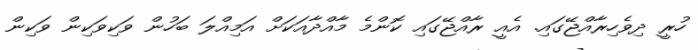
ހުރީ ދިވެހިރާއްޖޭގައި. އެއީ ރާއްޖޭގައި ކޮންމެ މާއްދާއަކަށް އަމިއްލަ ބަހުން ވަކިވަކިން ވަކިން